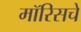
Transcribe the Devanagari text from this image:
मॉरिसचे